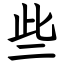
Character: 些